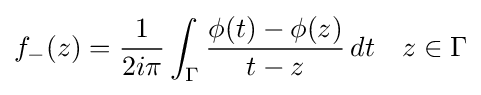
f_{-}(z)={1 \over 2i\pi }\int _{\Gamma }{\phi (t)-\phi (z) \over {t-z}}\,dt\quad z\in \Gamma